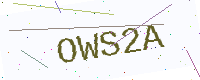
Text: OWS2A